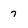
Character: 7